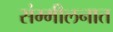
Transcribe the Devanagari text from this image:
संम्मीलनात